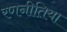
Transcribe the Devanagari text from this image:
रणनीतिया